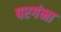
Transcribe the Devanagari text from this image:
परगंना